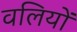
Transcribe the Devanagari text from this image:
वलियों